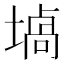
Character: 𰊞